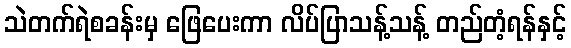
သဲတက်ရဲစခန်းမှ ဖြေပေးကာ လိပ်ပြာသန့်သန့် တည်တံ့ရန်နှင့်